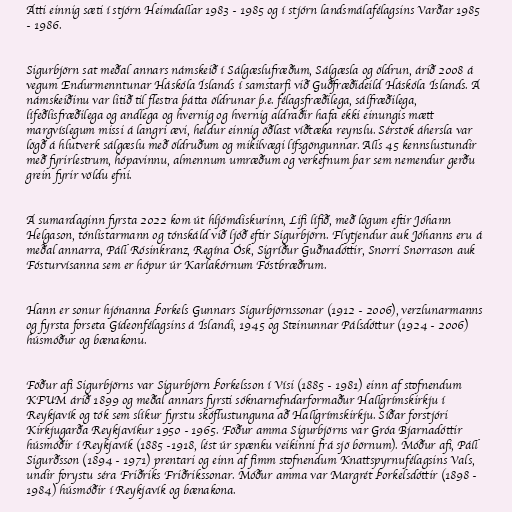
Átti einnig sæti í stjórn Heimdallar 1983 - 1985 og í stjórn landsmálafélagsins Varðar 1985
- 1986.

Sigurbjörn sat meðal annars námskeið í Sálgæslufræðum, Sálgæsla og öldrun, árið 2008 á
vegum Endurmenntunar Háskóla Íslands í samstarfi við Guðfræðideild Háskóla Íslands. Á
námskeiðinu var litið til flestra þátta öldrunar þ.e. félagsfræðilega, sálfræðilega,
lífeðlisfræðilega og andlega og hvernig og hvernig aldraðir hafa ekki einungis mætt
margvíslegum missi á langri ævi, heldur einnig öðlast víðtæka reynslu. Sérstök áhersla var
lögð á hlutverk sálgæslu með öldruðum og mikilvægi lífsgöngunnar. Alls 45 kennslustundir
með fyrirlestrum, hópavinnu, almennum umræðum og verkefnum þar sem nemendur gerðu
grein fyrir völdu efni.

Á sumardaginn fyrsta 2022 kom út hljómdiskurinn, Lifi lífið, með lögum eftir Jóhann
Helgason, tónlistarmann og tónskáld við ljóð eftir Sigurbjörn. Flytjendur auk Jóhanns eru á
meðal annarra, Páll Rósinkranz, Regína Ósk, Sigríður Guðnadóttir, Snorri Snorrason auk
Fósturvísanna sem er hópur úr Karlakórnum Fóstbræðrum.

Hann er sonur hjónanna Þorkels Gunnars Sigurbjörnssonar (1912 - 2006), verzlunarmanns
og fyrsta forseta Gídeonfélagsins á Íslandi, 1945 og Steinunnar Pálsdóttur (1924 - 2006)
húsmóður og bænakonu.

Föður afi Sigurbjörns var Sigurbjörn Þorkelsson í Vísi (1885 - 1981) einn af stofnendum
KFUM árið 1899 og meðal annars fyrsti sóknarnefndarformaður Hallgrímskirkju í
Reykjavík og tók sem slíkur fyrstu skóflustunguna að Hallgrímskirkju. Síðar forstjóri
Kirkjugarða Reykjavíkur 1950 - 1965. Föður amma Sigurbjörns var Gróa Bjarnadóttir
húsmóðir í Reykjavík (1885 -1918, lést úr spænku veikinni frá sjö börnum). Móður afi, Páll
Sigurðsson (1894 - 1971) prentari og einn af fimm stofnendum Knattspyrnufélagsins Vals,
undir forystu séra Friðriks Friðrikssonar. Móður amma var Margrét Þorkelsdóttir (1898 -
1984) húsmóðir í Reykjavík og bænakona.